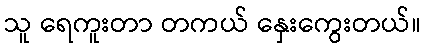
သူ ရေကူးတာ တကယ် နှေးကွေးတယ်။